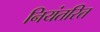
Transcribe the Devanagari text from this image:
नियंतरित